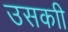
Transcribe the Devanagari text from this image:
उसकाी